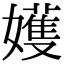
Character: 嬳